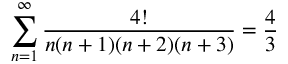
\sum _ { n = 1 } ^ { \infty } { \frac { 4 ! } { n ( n + 1 ) ( n + 2 ) ( n + 3 ) } } = { \frac { 4 } { 3 } }